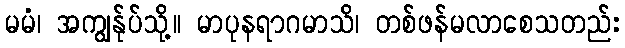
မမံ၊ အကျွန်ုပ်သို့။ မာပုနရာဂမာသိ၊ တစ်ဖန်မလာစေသတည်း